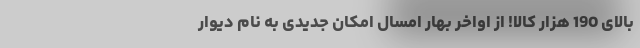
بالای 190 هزار کالا! از اواخر بهار امسال امکان جدیدی به نام دیوار